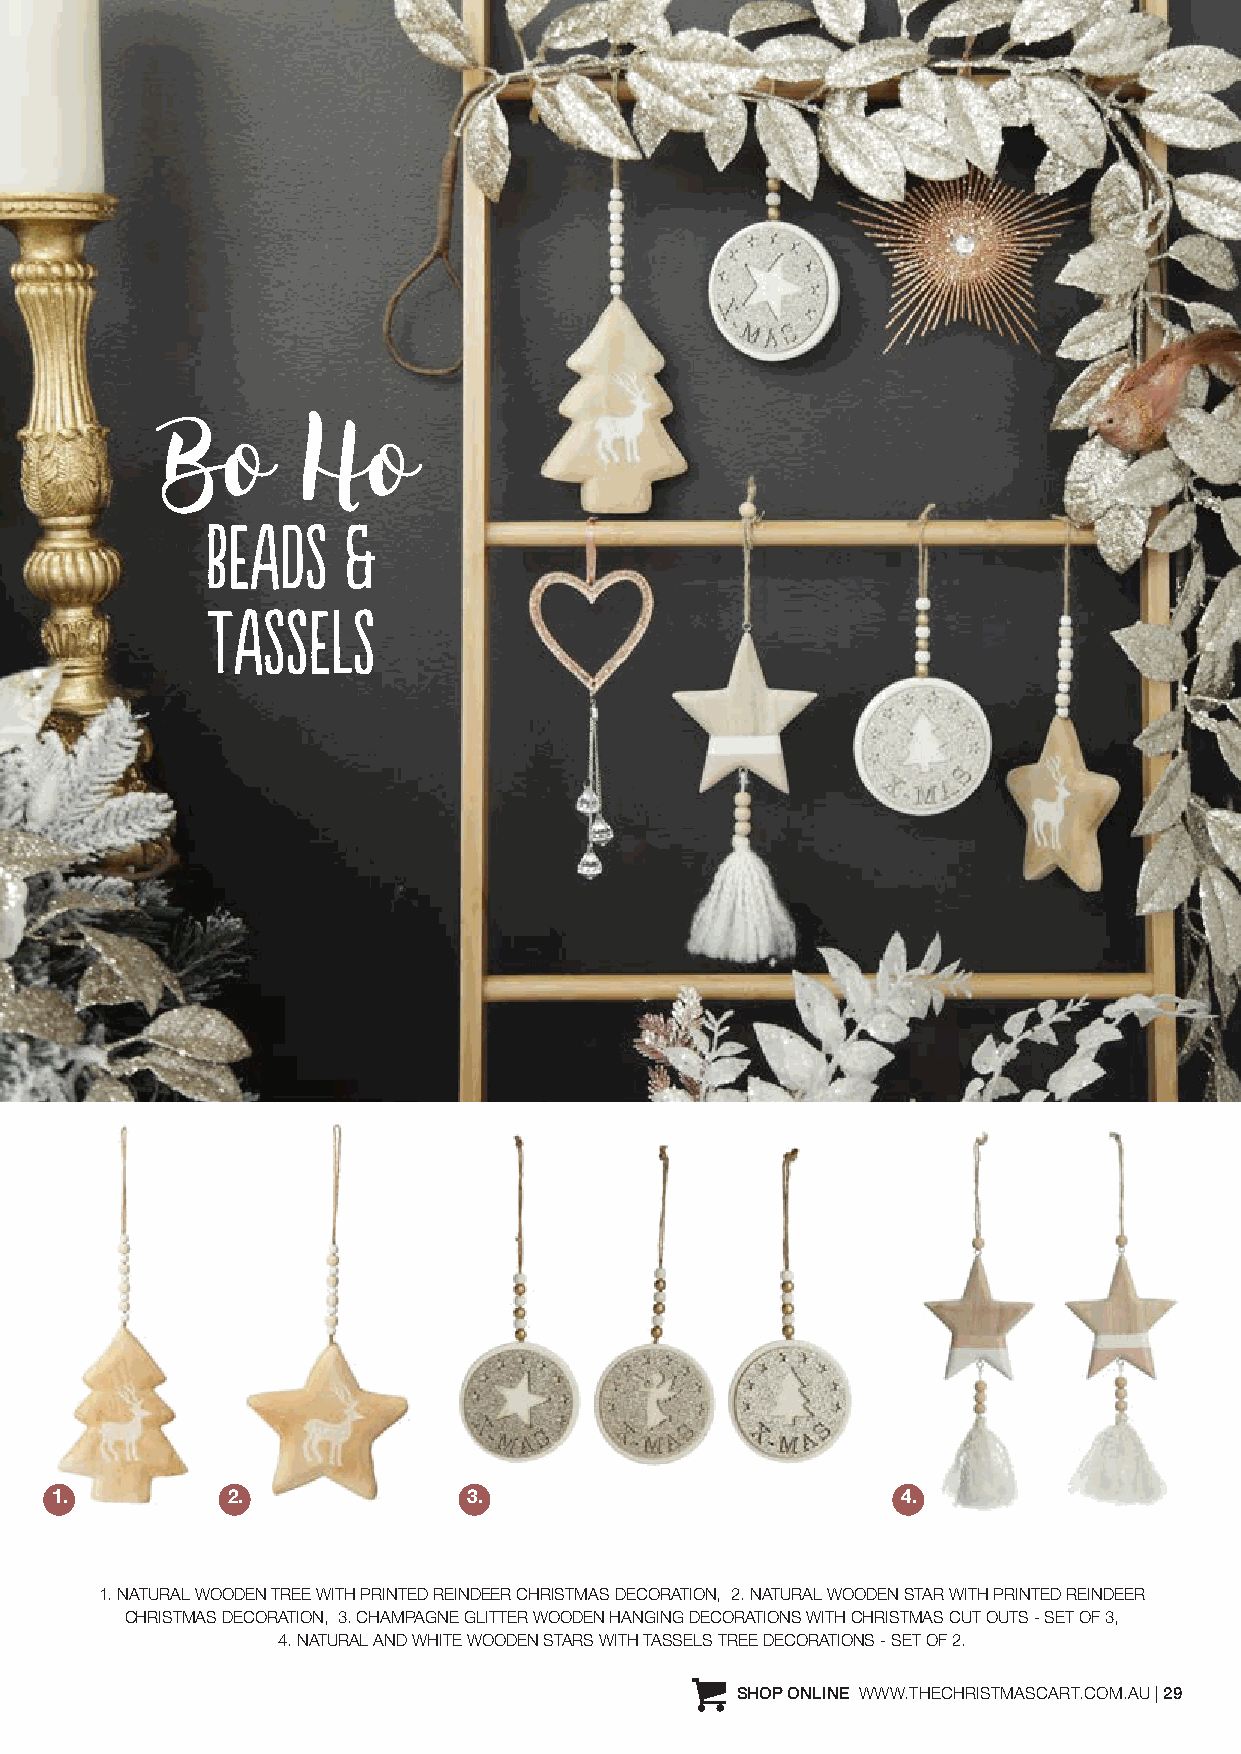
Bo       Ho
 BEADS    &
 TASSELS
 1.          2.              3.                           4.
 1. NATURAL WOODEN TREE WITH PRINTED REINDEER CHRISTMAS DECORATION, 2. NATURAL WOODEN STAR WITH PRINTED REINDEER
 CHRISTMAS DECORATION, 3. CHAMPAGNE GLITTER WOODEN HANGING DECORATIONS WITH CHRISTMAS CUT OUTS - SET OF 3,
 4. NATURAL AND WHITE WOODEN STARS WITH TASSELS TREE DECORATIONS - SET OF 2.
 PERSONALISED JUTE MERRY CHRISTMAS HOLLY SACK SHOP ONLINE WWW.THECHRISTMASCART.COM.AU | 29